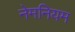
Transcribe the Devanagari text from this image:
नेमनियम